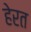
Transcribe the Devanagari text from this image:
हेरत